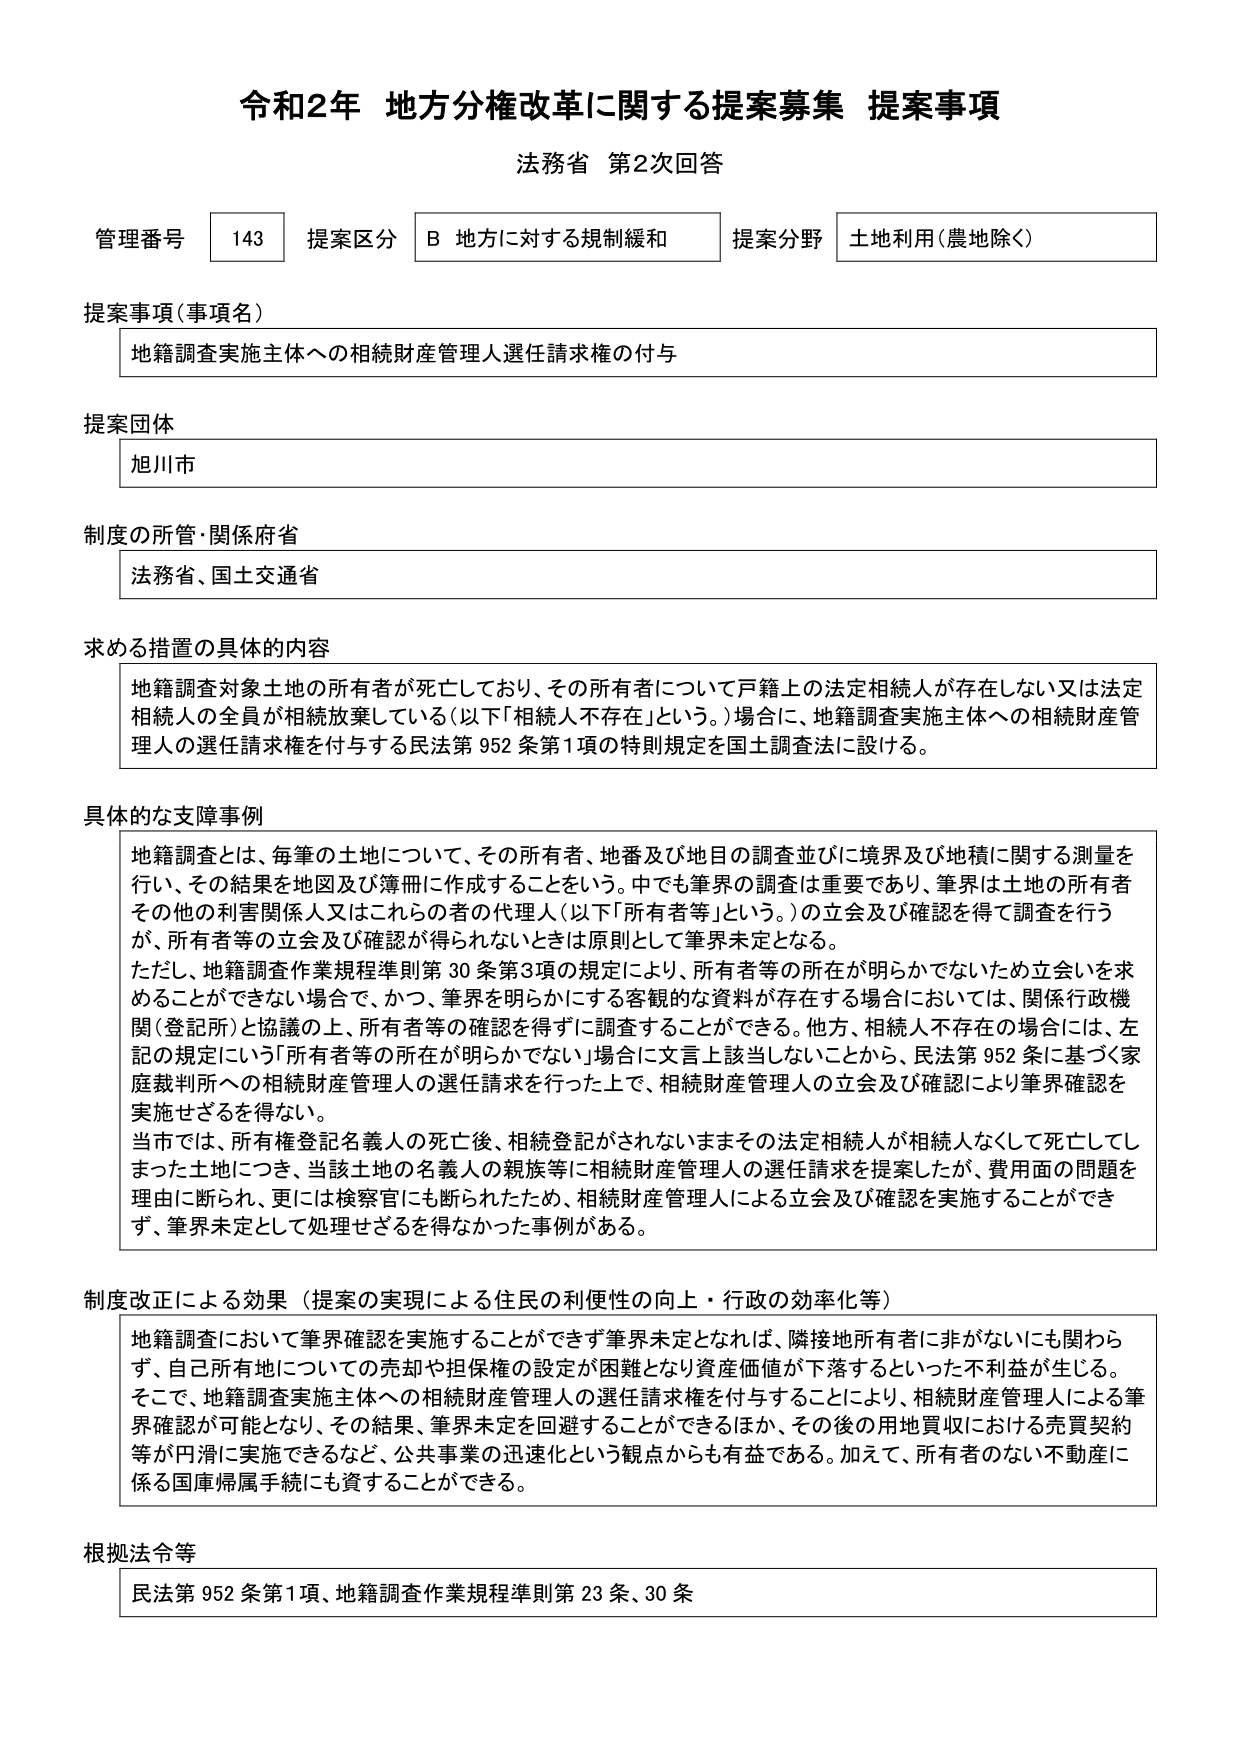
令和2年 地方分権改革に関する提案募集 提案事項
法務省 第2次回答

管理番号 143 提案区分 B 地方に対する規制緩和 提案分野 土地利用（農地除く）

提案事項（事項名）
地籍調査実施主体への相続財産管理人選任請求権の付与

提案団体
旭川市

制度の所管・関係府省
法務省、国土交通省

求める措置の具体的内容
地籍調査対象土地の所有者が死亡しており、その所有者について戸籍上の法定相続人が存在しない又は法定相続人の全員が相続放棄している（以下「相続人不存在」という。）場合に、地籍調査実施主体への相続財産管理人の選任請求権を付与する民法第952条第1項の特別規定を国土調査法に設ける。

具体的な支障事例
地籍調査とは、毎筆の土地について、その所有者、地番及び地目の調査並びに境界及び地積に関する測量を行い、その結果を地図及び簿冊に作成することをいう。中でも筆界の調査は重要であり、筆界は土地の所有者その他の利害関係人又はこれらの者の代理人（以下「所有者等」という。）の立会及び確認を得て調査を行うが、所有者等の立会及び確認が得られないときは原則として筆界未定となる。
ただし、地籍調査作業規程準則第30条第3項の規定により、所有者等の所在が明らかでないため立会いを求めることができない場合で、かつ、筆界を明らかにする客観的な資料が存在する場合においては、関係行政機関（登記所）と協議の上、所有者等の確認を得ずに調査することができる。他方、相続人不存在の場合には、左記の規定にいう「所有者等の所在が明らかでない」場合に文言上該当しないことから、民法第952条に基づく家庭裁判所への相続財産管理人の選任請求を行った上で、相続財産管理人の立会及び確認により筆界確認を実施せざるを得ない。
当市では、所有権登記名義人の死亡後、相続登記がされないままその法定相続人が相続人なくして死亡してしまった土地につき、当該土地の名義人の親族等に相続財産管理人の選任請求を提案したが、費用面の問題を理由に断られ、更には検察官にも断られたため、相続財産管理人による立会及び確認を実施することができず、筆界未定として処理せざるを得なかった事例がある。

制度改正による効果（提案の実現による住民の利便性の向上・行政の効率化等）
地籍調査において筆界確認を実施することができず筆界未定となれば、隣接地所有者に非がないにも関わらず、自己所有地についての売却や担保権の設定が困難となり資産価値が下落するといった不利益が生じる。
そこで、地籍調査実施主体への相続財産管理人の選任請求権を付与することにより、相続財産管理人による筆界確認が可能となり、その結果、筆界未定を回避することができるほか、その後の用地買収における売買契約等が円滑に実施できるなど、公共事業の迅速化という観点からも有益である。加えて、所有者のない不動産に係る国庫帰属手続にも資することができる。

根拠法令等
民法第952条第1項、地籍調査作業規程準則第23条、30条